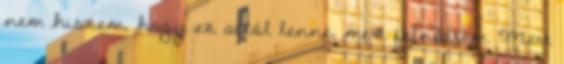
nem hiszem, hogy ez attól lenne, mert felnőttem. Mert